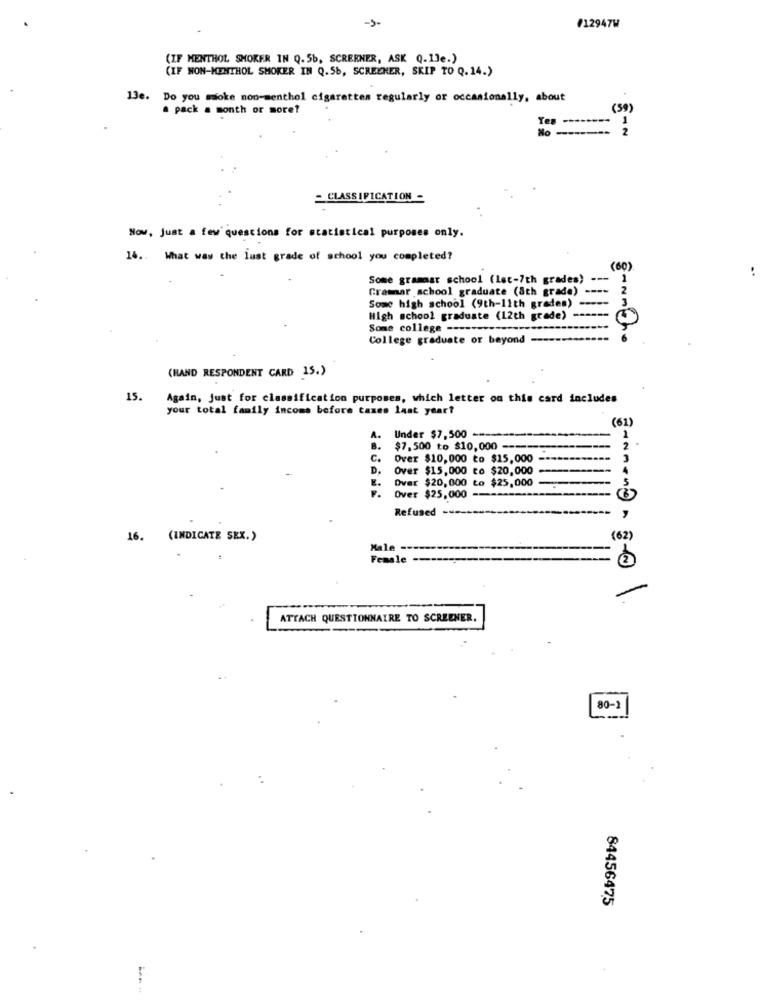
-5-
#12947W
(IF MENTHOL SMOKER IN Q. 5b, SCREENER, ASK Q.13e.)
(IF NON-MENTHOL SMOKER IN Q.5b, SCREENER, SKIP TO Q.14.)
13e. Do you make non-menthol cigarettes regularly or occasionally, about
a pack a month or more?
(59)
Tes
1
2
= CLASSIFICATION -
Now, Just a few questions for statistical purposes only.
16 .. What was the lust grade of school you completed?
'60
..
Some grammar school (let-7th grades)
Gramar school graduate (8th grade)
Some high school (9th-11th grades)
High school graduate (12th grade)
Some college -------
College graduate or beyond --
(HAND RESPONDENT CARD 15.)
15.
Again, Just for classification purposes, which letter on this card includes
your total family incoms before taxes last year?
Under $7,500 -=-
(61)
$7,500 to $10,000 ----
C.
Over $10,000 to $15,000
Over $15,000 to $20,000
Over $20,000 to $25,000
Over $25,000 -
Refused -
16. (INDICATE SEX.)
(62)
Male
Female ---------
ATTACH QUESTIONNAIRE TO SCREENER.
80-2
84456475